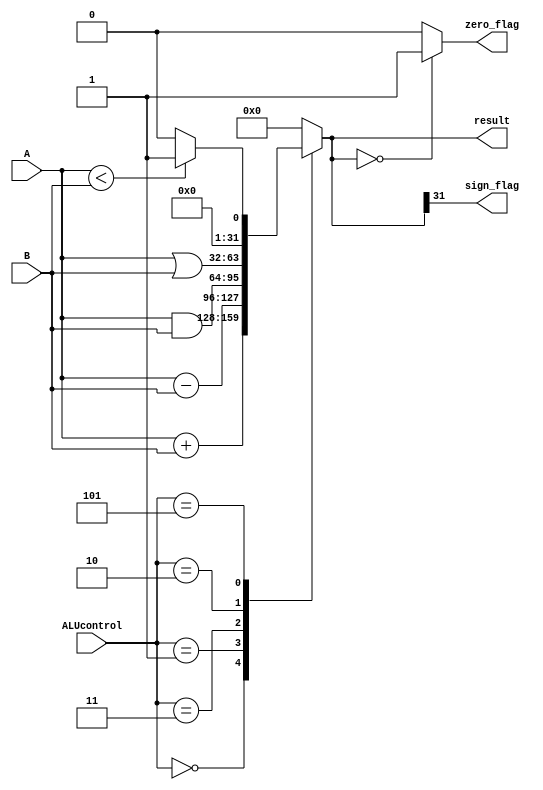
module ALU #(parameter width = 32) 
      ( input  [width-1:0] A,B, 
        output reg [width-1:0] result,
        output reg zero_flag, sign_flag,
        input [2:0] ALUcontrol );
    
    always @(*)
      begin 
        case (ALUcontrol)
        3'b000: result = A + B;
        3'b001: result = A - B;
        3'b011: result = A & B;
        3'b010: result = A | B;
        3'b101: if (A < B) begin result = 32'd1 ; end  else begin result = 32'd0; end
        default: result = 32'd0;
       endcase 

  zero_flag = (result == 32'b0) ? 1 : 0;
  sign_flag = result[width-1];

  end
endmodule